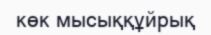
көк мысыққұйрық